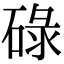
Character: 碌